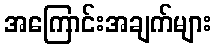
အကြောင်းအချက်များ